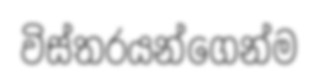
විස්තරයන්ගෙන්ම